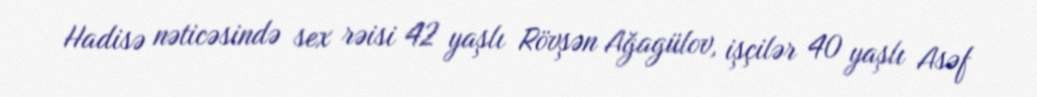
Hadisə nəticəsində sex rəisi 42 yaşlı Rövşən Ağagülov, işçilər 40 yaşlı Asəf